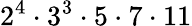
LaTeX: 2^{4}\cdot 3^{3}\cdot 5\cdot 7\cdot 11